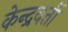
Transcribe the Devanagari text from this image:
केन्द्रवर्ती